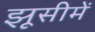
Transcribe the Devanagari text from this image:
झूसीमें